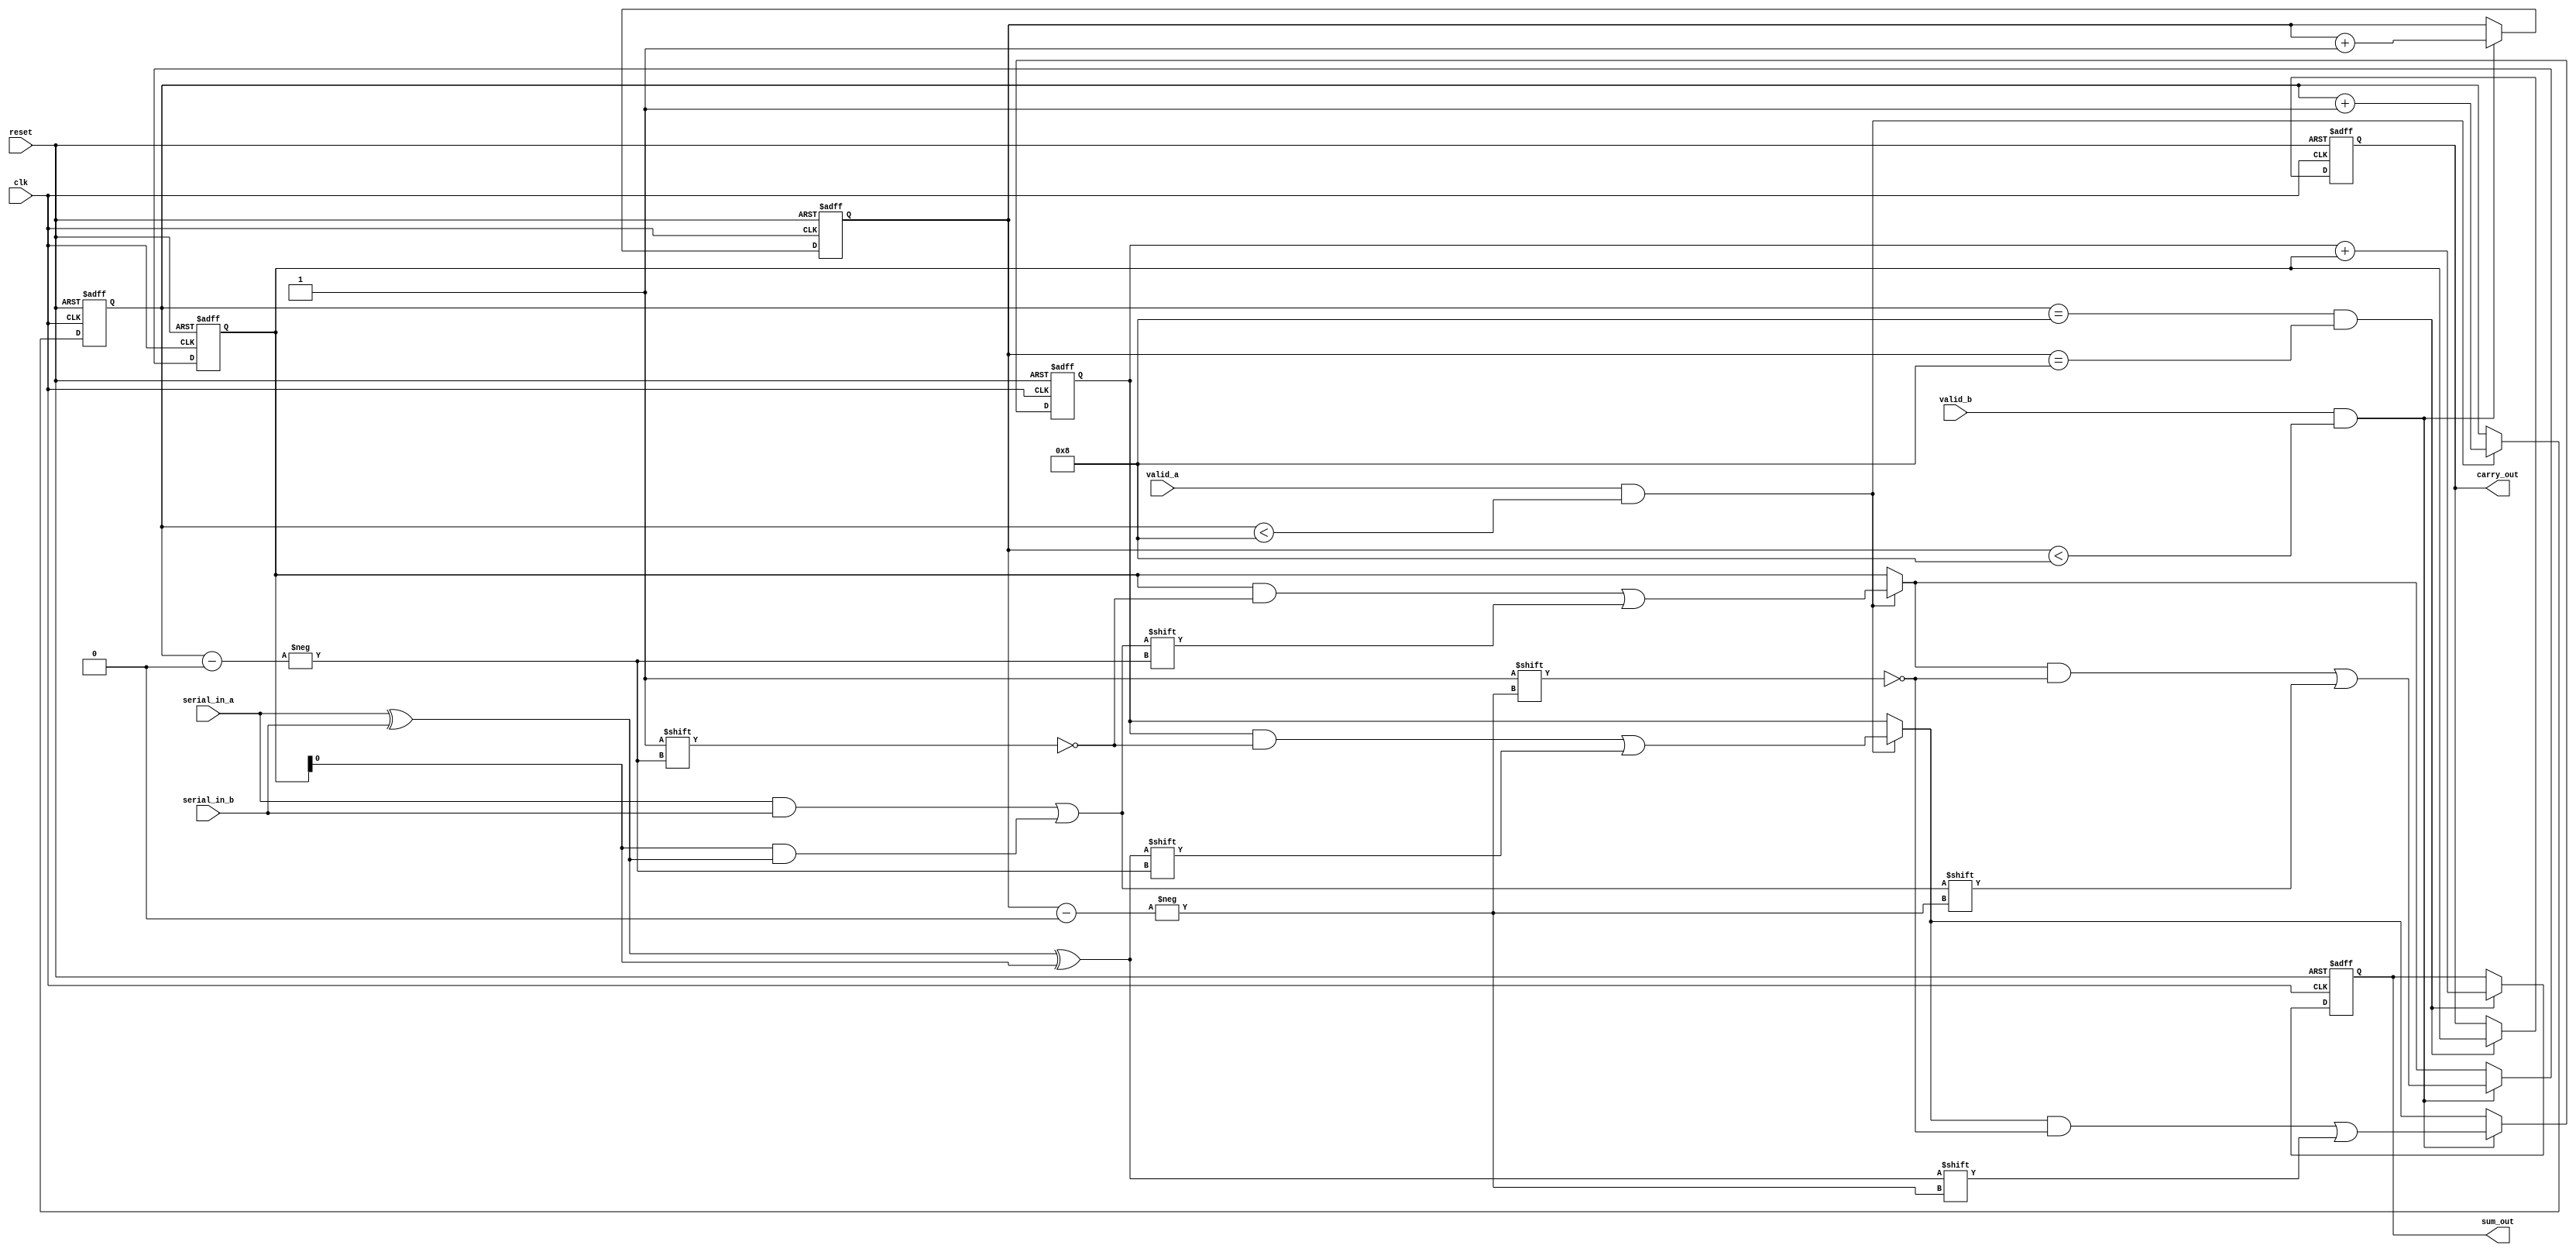
module CarrySaveAdder (
    input wire clk,
    input wire reset,
    input wire serial_in_a, // Serial input for first number
    input wire serial_in_b, // Serial input for second number
    input wire valid_a,     // Valid signal for first number
    input wire valid_b,     // Valid signal for second number
    output reg [7:0] sum_out, // Final sum output
    output reg [7:0] carry_out // Final carry output
);

    reg [7:0] sum; // Accumulated sum
    reg [7:0] carry; // Accumulated carry
    reg [3:0] count_a; // Bit counter for first number
    reg [3:0] count_b; // Bit counter for second number

    // Full adder logic
    wire full_sum;
    wire full_carry;

    assign full_sum = serial_in_a ^ serial_in_b ^ carry;
    assign full_carry = (serial_in_a & serial_in_b) | (carry & (serial_in_a ^ serial_in_b));

    always @(posedge clk or posedge reset) begin
        if (reset) begin
            sum <= 8'b0;
            carry <= 8'b0;
            count_a <= 4'b0;
            count_b <= 4'b0;
            sum_out <= 8'b0;
            carry_out <= 8'b0;
        end else begin
            // Process first number
            if (valid_a && count_a < 8) begin
                carry[count_a] <= full_carry; // Store carry
                sum[count_a] <= full_sum; // Store sum
                count_a <= count_a + 1; // Increment counter
            end

            // Process second number
            if (valid_b && count_b < 8) begin
                carry[count_b] <= full_carry; // Store carry
                sum[count_b] <= full_sum; // Store sum
                count_b <= count_b + 1; // Increment counter
            end

            // Final summation after all bits received
            if (count_a == 8 && count_b == 8) begin
                sum_out <= sum + carry; // Final sum output
                carry_out <= carry; // Final carry output
            end
        end
    end
endmodule